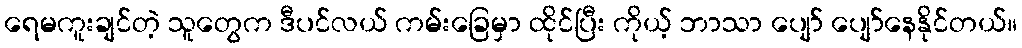
ရေမကူးချင်တဲ့ သူတွေက ဒီပင်လယ် ကမ်းခြေမှာ ထိုင်ပြီး ကိုယ့် ဘာသာ ပျော် ပျော်နေနိုင်တယ်။